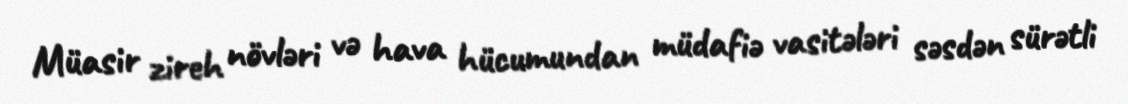
Müasir zireh növləri və hava hücumundan müdafiə vasitələri səsdən sürətli